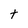
Character: t